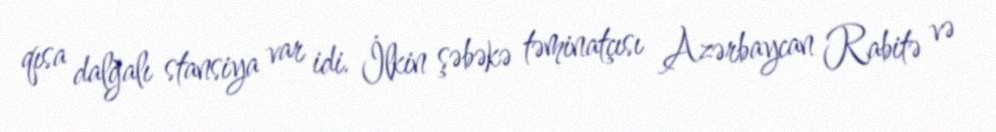
qısa dalğalı stansiya var idi. İlkin şəbəkə təminatçısı Azərbaycan Rabitə və